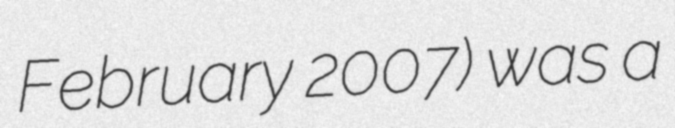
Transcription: February 2007) was a